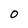
Character: 0